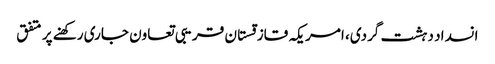
انسداد دہشت گردی، امریکہ قازقستان قریبی تعاون جاری رکھنے پر متفق